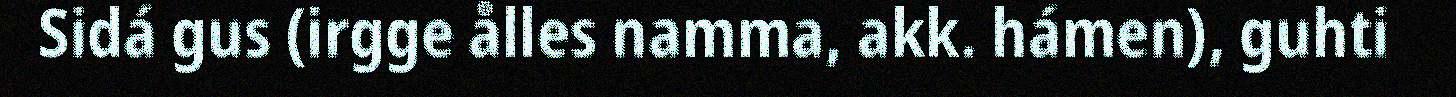
Sidá gus (irgge ålles namma, akk. hámen), guhti